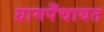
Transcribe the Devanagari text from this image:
ग्रामपँचायत